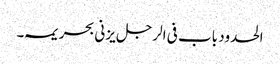
الحدود باب فی الرجل یزنی بحریمہ ۔